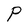
Character: P